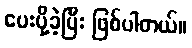
ပေးပို့ခဲ့ပြီး ဖြစ်ပါတယ်။